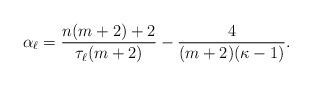
LaTeX: \begin{align*} \alpha_\ell=\frac {n(m+2)+2}{\tau_\ell (m+2)}-\frac 4 {(m+2)(\kappa-1)}.\end{align*}